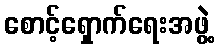
စောင့်ရှောက်ရေးအဖွဲ့